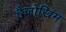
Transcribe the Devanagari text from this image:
हैजोखिम